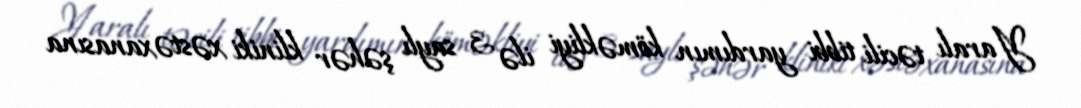
Yaralı təcili tibbi yardımın köməkliyi ilə 3 saylı şəhər kliniki xəstəxanasına